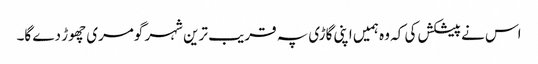
اس نے پیشکش کی کہ وہ ہمیں اپنی گاڑی پہ قریب ترین شہر گومری چھوڑ دے گا۔